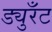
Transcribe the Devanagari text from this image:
ड्युरँट